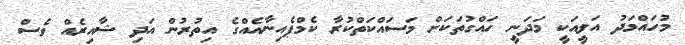
މުހައްމަދު އަލީއަކީ މަދަނީ ހައްގުތަަކަށް މަސައްކަތްކުރާ ކެމްޕެއިނާއެއްގެ އިތުރުން އަދި ޝާއިރެއް ވެސް